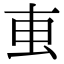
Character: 叀